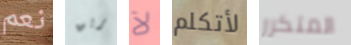
نعم بريق لآ لأتكلم المتكرر